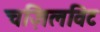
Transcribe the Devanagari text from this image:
चज़िलविट